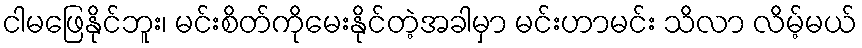
ငါမဖြေနိုင်ဘူး၊ မင်းစိတ်ကိုမေးနိုင်တဲ့အခါမှာ မင်းဟာမင်း သိလာ လိမ့်မယ်